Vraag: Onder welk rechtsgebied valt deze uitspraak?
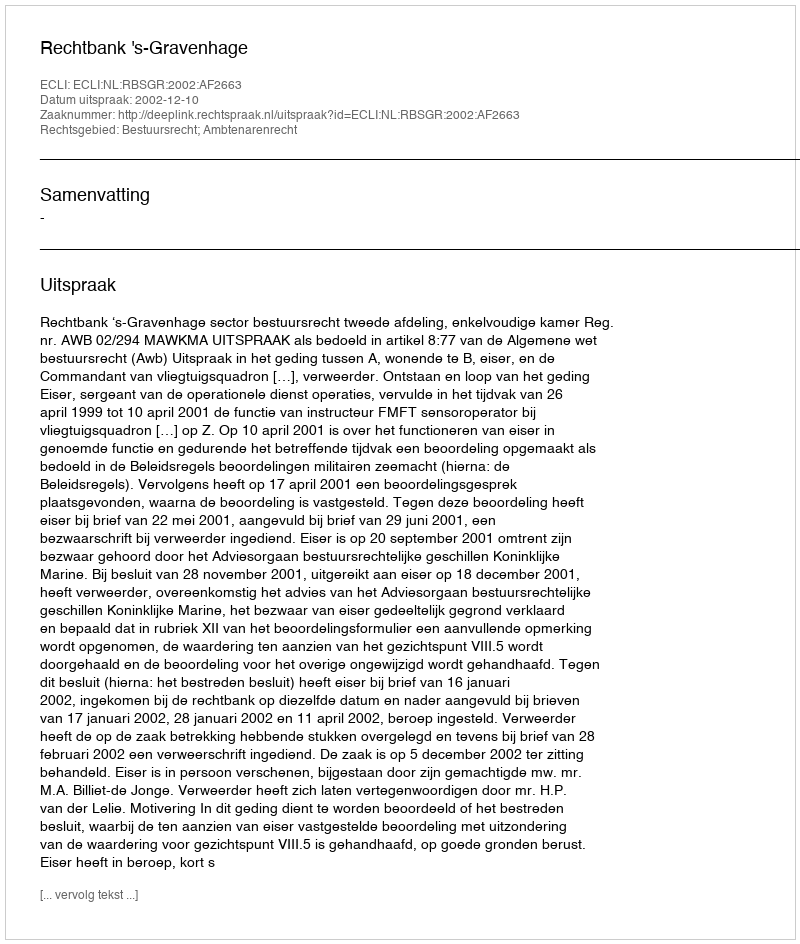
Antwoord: Bestuursrecht; Ambtenarenrecht